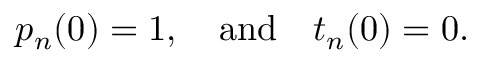
p _ { n } ( 0 ) = 1 , \quad \mathrm { a n d } \quad t _ { n } ( 0 ) = 0 .